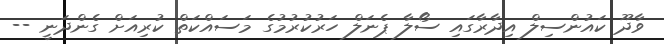
ވާދޫ ކައުންސިލް އިދާރާގައި ސޯލާ ޕެނަލް ހަރުކުރުމުގެ މަސައްކަތް ކުރިއަށް ގެންދަނީ --